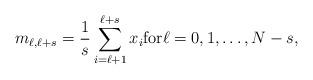
LaTeX: \begin{align*}m_{\ell,\ell+s}=\frac{1}{s}\sum_{i=\ell+1}^{\ell+s} x_i\textrm{for} \ell=0,1,\ldots,N-s,\end{align*}